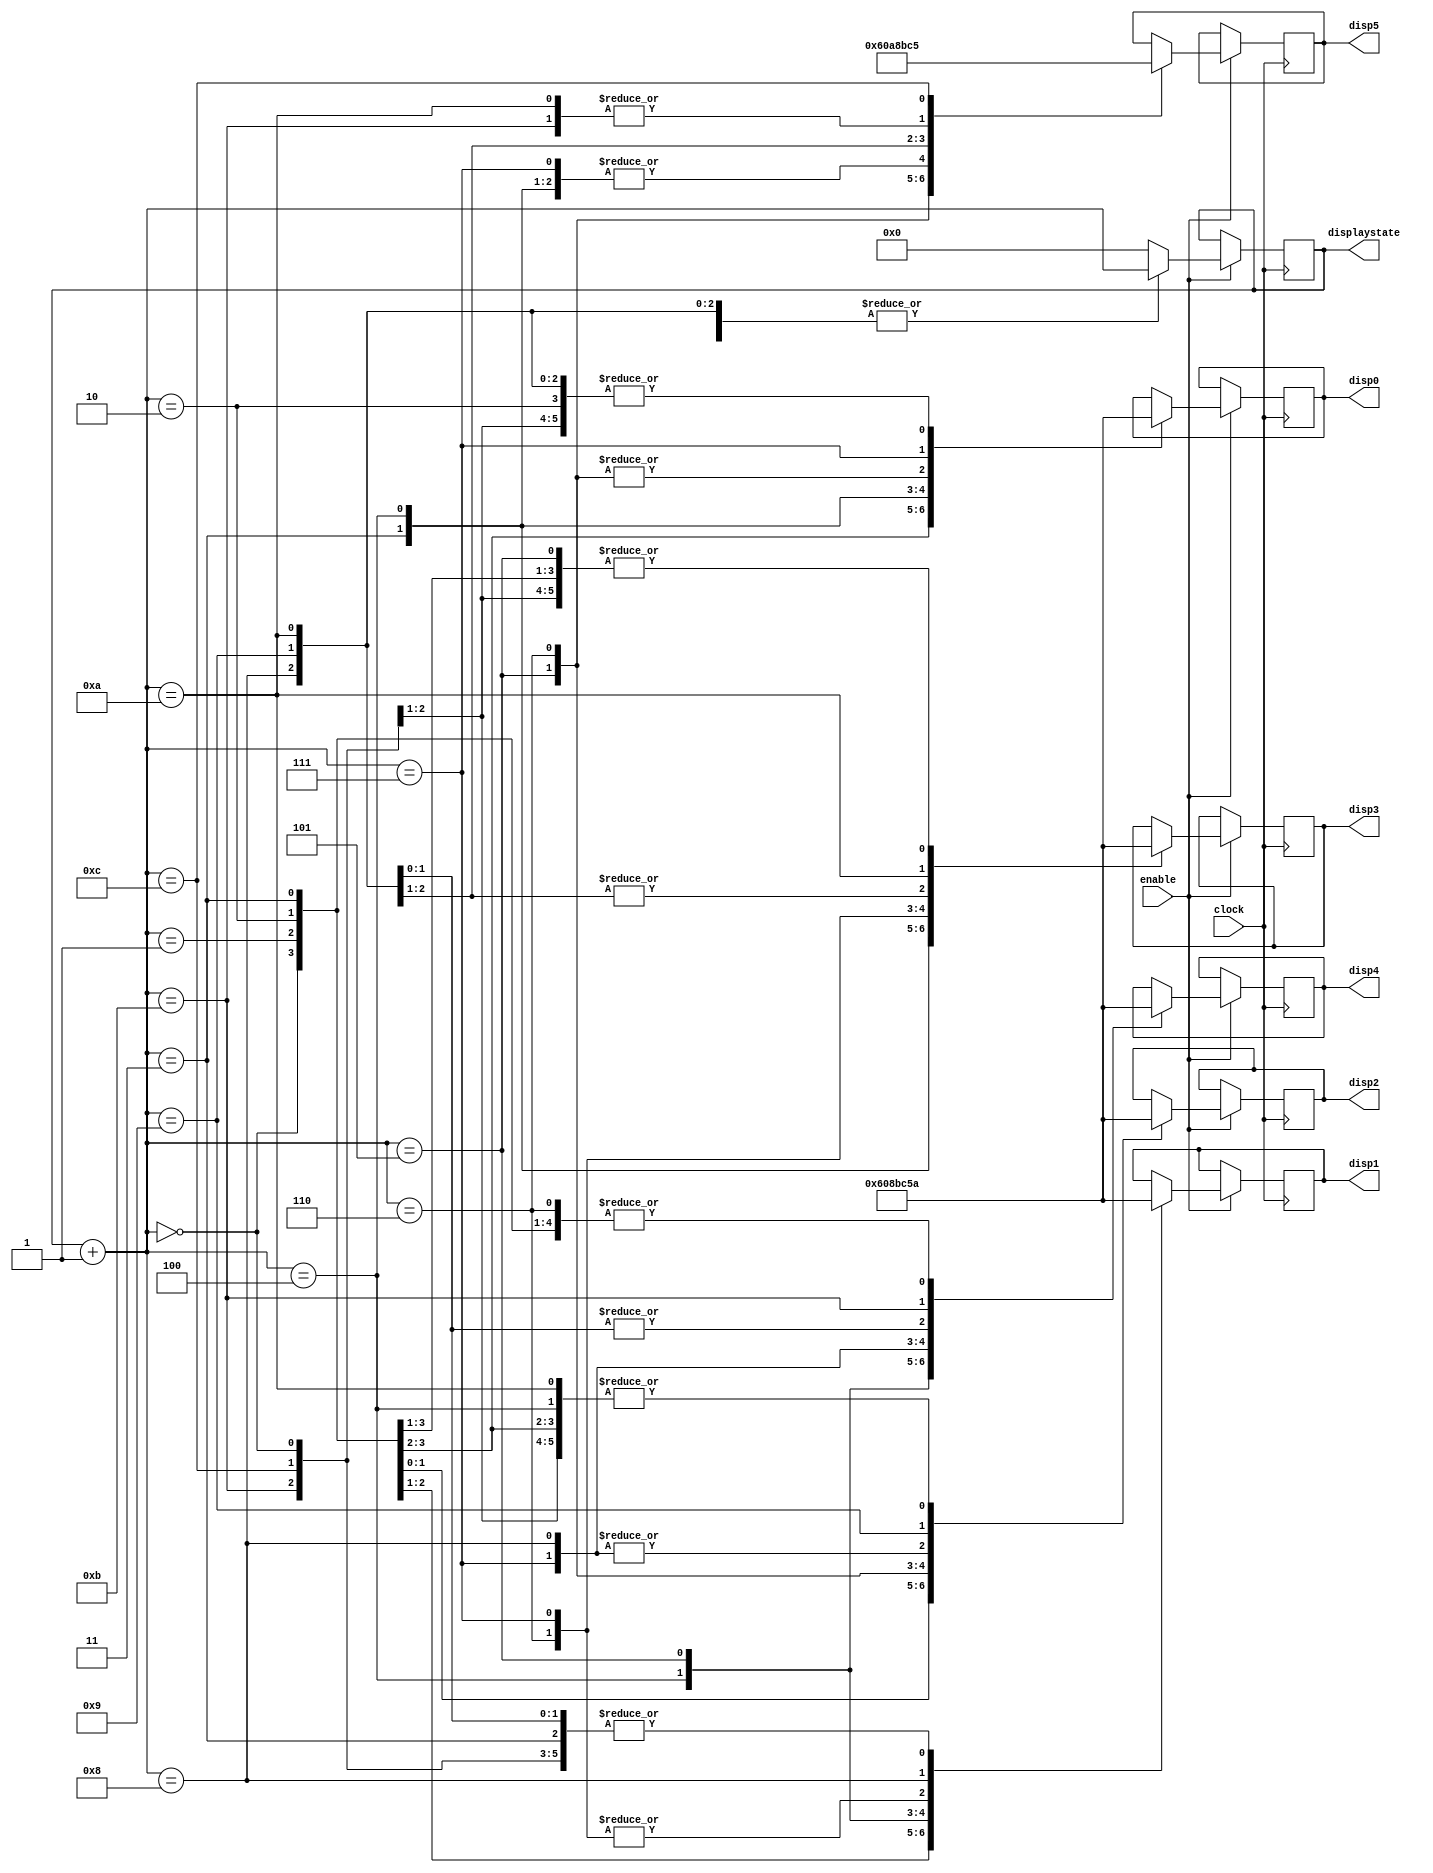
module skobuffs(enable, clock, displaystate, disp0, disp1, disp2, disp3, disp4, disp5 );
	input clock;
	input enable;
	output reg [3:0]disp0;
	output reg [3:0]disp1;
	output reg [3:0]disp2;
	output reg [3:0]disp3;
	output reg [3:0]disp4;
	output reg [3:0]disp5;
	
	
	output reg [3:0]displaystate;
	initial displaystate = 0;
	
	always @ (posedge clock)
		begin
			if (enable == 1)
				begin
					displaystate = displaystate+1;
						case (displaystate)
							0:
								begin
								disp0 = 6;
								disp1 = 10;
								disp2 = 10;
								disp3 = 10;
								disp4 = 10;
								disp5 = 10;
								end
							1:
								begin
								disp0 = 0;
								disp1 = 6;
								disp2 = 10;
								disp3 = 10;
								disp4 = 10;
								disp5 = 10;
								end
							2:
								begin
								disp0 = 10;
								disp1 = 0;
								disp2 = 6;
								disp3 = 10;
								disp4 = 10;
								disp5 = 10;
								end
							3:
								begin
								disp0 = 8;
								disp1 = 10;
								disp2 = 0;
								disp3 = 6;
								disp4 = 10;
								disp5 = 10;
								end
							4:
								begin
								disp0 = 11;
								disp1 = 8;
								disp2 = 10;
								disp3 = 0;
								disp4 = 6;
								disp5 = 10;
								end
							5:
								begin
								disp0 = 12;
								disp1 = 11;
								disp2 = 8;
								disp3 = 10;
								disp4 = 0;
								disp5 = 6;
								end
							6:
								begin
								disp0 = 12;
								disp1 = 12;
								disp2 = 11;
								disp3 = 8;
								disp4 = 10;
								disp5 = 0;
								end
							7:
								begin
								disp0 = 5;
								disp1 = 12;
								disp2 = 12;
								disp3 = 11;
								disp4 = 8;
								disp5 = 10;
								end
							8:
								begin
								disp0 = 10;
								disp1 = 5;
								disp2 = 12;
								disp3 = 12;
								disp4 = 11;
								disp5 = 8;
								end
							9:
								begin
								disp0 = 10;
								disp1 = 10;
								disp2 = 5;
								disp3 = 12;
								disp4 = 12;
								disp5 = 11;
								end
							10:
								begin
								disp0 = 10;
								disp1 = 10;
								disp2 = 10;
								disp3 = 5;
								disp4 = 12;
								disp5 = 12;
								end
							11:
								begin
								disp0 = 10;
								disp1 = 10;
								disp2 = 10;
								disp3 = 10;
								disp4 = 5;
								disp5 = 12;
								end
							12:
								begin
								disp0 = 10;
								disp1 = 10;
								disp2 = 10;
								disp3 = 10;
								disp4 = 10;
								disp5 = 5;
								end
							default:
								displaystate = 0;
						endcase
			end
			end
			
		endmodule